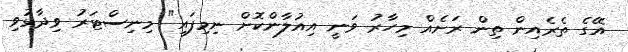
އޭގެ ތެރެއިން ތިން ރަށެއް މިހާރު ވަނީ އިއުލާންކޮށް ނިމިފައި" މިނިސްޓަރު ވިދާޅުވި